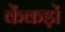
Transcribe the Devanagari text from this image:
केंकड़ों